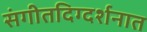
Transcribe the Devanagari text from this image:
संगीतदिग्दर्शनात